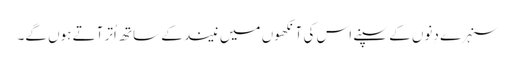
سنہرے دِنوں کے سپنے اس کی آنکھوں میں نیند کے ساتھ اُتر آتے ہوں گے۔